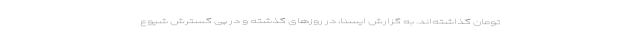
تومان گذاشته‌اند. به گزارش ایسنا، در روزهای گذشته و در پی گسترش شیوع